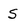
Character: S